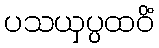
ပသယှပ္ပထဝိံ